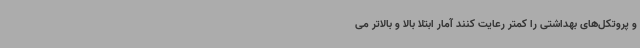
و پروتکل‌های بهداشتی را کمتر رعایت کنند آمار ابتلا بالا و بالاتر می